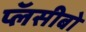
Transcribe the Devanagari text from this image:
प्लॅसीबो